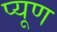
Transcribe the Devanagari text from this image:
प्यूण